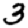
Digit: 3